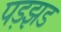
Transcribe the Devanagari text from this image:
पड़झड